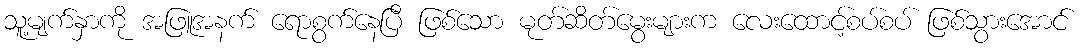
သူ့မျက်နှာကို အဖြူအနက် ရောစွက်နေပြီ ဖြစ်သော မုတ်ဆိတ်မွေးများက လေးထောင့်စပ်စပ် ဖြစ်သွားအောင်